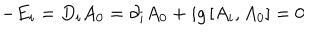
LaTeX: - E _ { i } = D _ { i } A _ { 0 } = \partial _ { i } A _ { 0 } + i g \left[ A _ { i } , A _ { 0 } \right] = 0